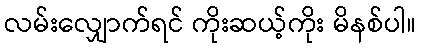
လမ်းလျှောက်ရင် ကိုးဆယ့်ကိုး မိနစ်ပါ။